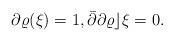
LaTeX: \begin{align*}\partial\varrho (\xi) = 1, \bar{\partial}\partial \varrho \rfloor \xi = 0.\end{align*}